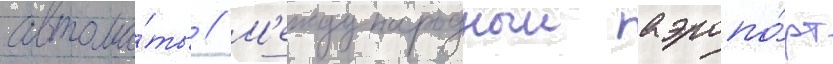
автома́ты // М'еждународныи аэропо́рт